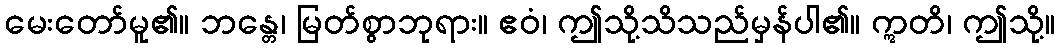
မေးတော်မူ၏။ ဘန္တေ၊ မြတ်စွာဘုရား။ ဧဝံ၊ ဤသို့သိသည်မှန်ပါ၏။ ဣတိ၊ ဤသို့။